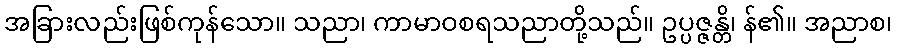
အခြားလည်းဖြစ်ကုန်သော။ သညာ၊ ကာမာဝစရသညာတို့သည်။ ဥပ္ပဇ္ဇန္တိ၊ န်၏။ အညာစ၊